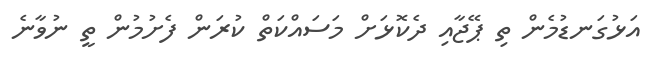
އަޅުގަނޑުމެން ތި ޕޭޖާއި ދެކޮޅަށް މަސައްކަތް ކުރަން ފެށުމުން ތީ ނުވާނެ